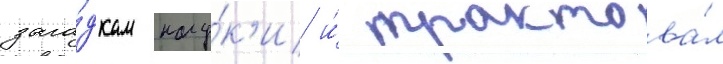
зага́дкам нау́к'и и́ трактова́л